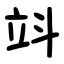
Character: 䇆